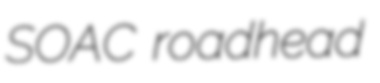
SOAC roadhead